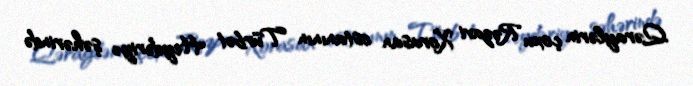
Qəraylərin çoxu Rəzavi Xorasan ostanının Türbət Heydəriyə şəhərində